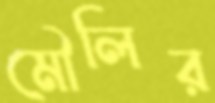
মৌলির